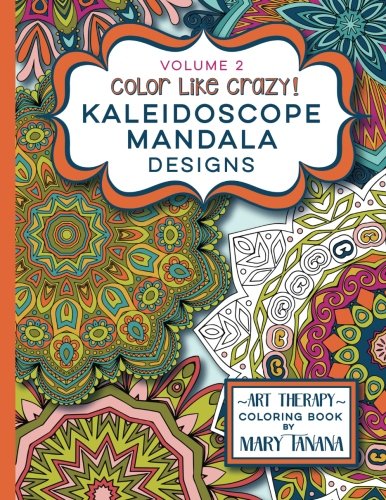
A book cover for Color Like Crazy Kaleidoscope Mandala Designs Volume 2: A fantastic coloring book for all ages featuring a range of designs to keep you entertained ... for hours. (Groovity Coloring Book Series); Mary Tanana; Arts & Photography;